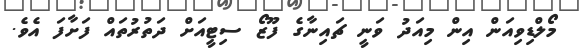
މޯލްޑިވިއަން އިން މިއަދު ވަނީ ޗައިނާގެ ފޫޒޯ ސިޓީއަށް ދަތުރުތައް ފަށާފަ އެވެ.